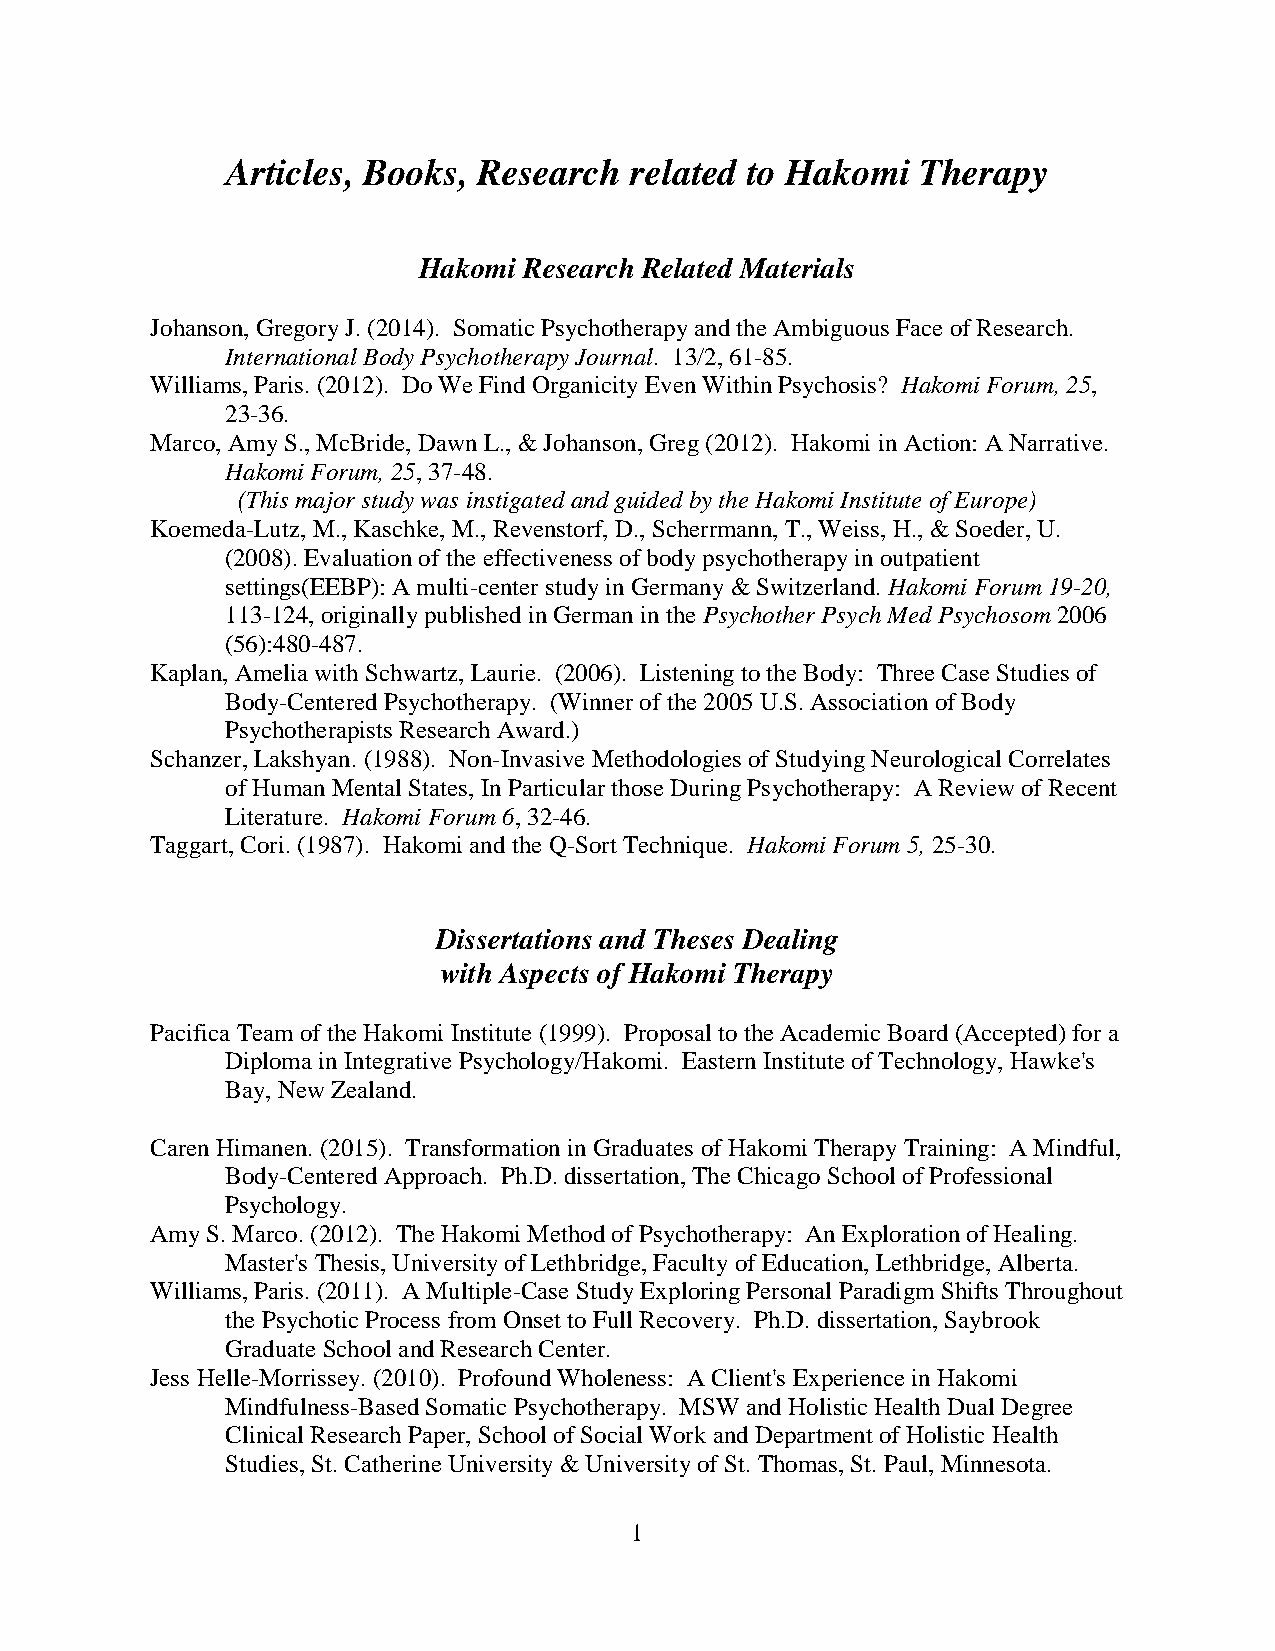
Articles, Books, Research  related to Hakomi  Therapy
 Hakomi Research Related Materials
 Johanson, Gregory J. (2014). Somatic Psychotherapy and the Ambiguous Face of Research.
 International Body Psychotherapy Journal. 13/2, 61-85.
 Williams, Paris. (2012). Do We Find Organicity Even Within Psychosis? Hakomi Forum, 25,
 23-36.
 Marco, Amy S., McBride, Dawn L., & Johanson, Greg (2012). Hakomi in Action: A Narrative.
 Hakomi Forum, 25, 37-48.
 (This major study was instigated and guided by the Hakomi Institute of Europe)
 Koemeda-Lutz, M., Kaschke, M., Revenstorf, D., Scherrmann, T., Weiss, H., & Soeder, U.
 (2008). Evaluation of the effectiveness of body psychotherapy in outpatient
 settings(EEBP): A multi-center study in Germany & Switzerland. Hakomi Forum 19-20,
 113-124, originally published in German in the Psychother Psych Med Psychosom 2006
 (56):480-487.
 Kaplan, Amelia with Schwartz, Laurie. (2006). Listening to the Body: Three Case Studies of
 Body-Centered Psychotherapy. (Winner of the 2005 U.S. Association of Body
 Psychotherapists Research Award.)
 Schanzer, Lakshyan. (1988). Non-Invasive Methodologies of Studying Neurological Correlates
 of Human Mental States, In Particular those During Psychotherapy: A Review of Recent
 Literature. Hakomi Forum 6, 32-46.
 Taggart, Cori. (1987). Hakomi and the Q-Sort Technique. Hakomi Forum 5, 25-30.
 Dissertations and Theses Dealing
 with Aspects of Hakomi Therapy
 Pacifica Team of the Hakomi Institute (1999). Proposal to the Academic Board (Accepted) for a
 Diploma in Integrative Psychology/Hakomi. Eastern Institute of Technology, Hawke's
 Bay, New Zealand.
 Caren Himanen. (2015). Transformation in Graduates of Hakomi Therapy Training: A Mindful,
 Body-Centered Approach. Ph.D. dissertation, The Chicago School of Professional
 Psychology.
 Amy S. Marco. (2012). The Hakomi Method of Psychotherapy: An Exploration of Healing.
 Master's Thesis, University of Lethbridge, Faculty of Education, Lethbridge, Alberta.
 Williams, Paris. (2011). A Multiple-Case Study Exploring Personal Paradigm Shifts Throughout
 the Psychotic Process from Onset to Full Recovery. Ph.D. dissertation, Saybrook
 Graduate School and Research Center.
 Jess Helle-Morrissey. (2010). Profound Wholeness: A Client's Experience in Hakomi
 Mindfulness-Based Somatic Psychotherapy. MSW and Holistic Health Dual Degree
 Clinical Research Paper, School of Social Work and Department of Holistic Health
 Studies, St. Catherine University & University of St. Thomas, St. Paul, Minnesota.
 1